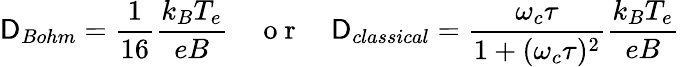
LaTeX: \mathsf{D}_{Bohm}=\frac{{1}}{{16}}\frac{{k_{B}T_{e}}}{{eB}}\quad\mathrm{{~o~r~}}\quad\mathsf{D}_{classical}=\frac{{\omega_{c}\tau}}{{1+(\omega_{c}\tau)^{2}}}\frac{{k_{B}T_{e}}}{{eB}}